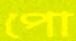
পো